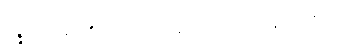
ပဉ္ဇင်းအဖြစ်ကို။ အလတ္ထ ခေါ၊ ရသည်သာလျှင်တည်း။